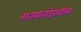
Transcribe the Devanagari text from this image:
राज्यातदेखील